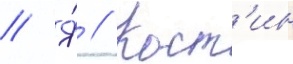
// Я́ // Кост'ин